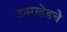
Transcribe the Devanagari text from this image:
उमरखेडचे